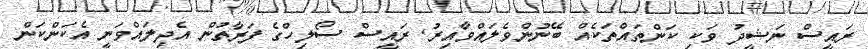
ރައީސް ނަޝީދު ވަކި ކަންތައްތަކެއް ބޭނުންވެލައްވާއިރު